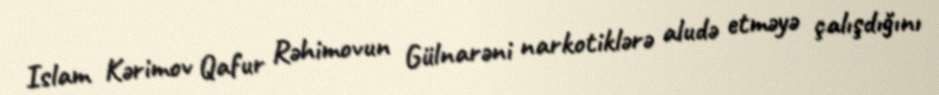
Islam Kərimov Qafur Rəhimovun Gülnarəni narkotiklərə aludə etməyə çalışdığını